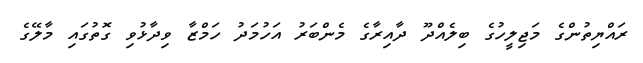
ރައްޔިތުންގެ މަޖިލީހުގެ ބިލެއްދޫ ދާއިރާގެ މެންބަރު އަހުމަދު ހަމްޒާ ވިދާޅުވި ގޮތުގައި މާލޭގެ